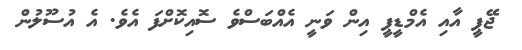
ޖޭޕީ އާއި އެމްޑީޕީ އިން ވަނީ އެެއްބަސްވެ ސޮއިކޮށްފަ އެވެ. އެ އުސޫލުން